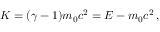
K = ( \gamma - 1 ) m _ { 0 } c ^ { 2 } = E - m _ { 0 } c ^ { 2 } \, ,